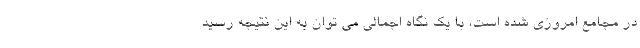
در مجامع امروزی شده است، با یک نگاه اجمالی می توان به این نتیجه رسید